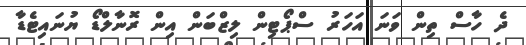
ދެ ހާސް ތިން ވަނަ އަހަރު ސްޕޯޓިން ލިޒްބަން އިން ރޮނާލްޑޯ ޔުނައިޓެޑާ